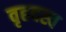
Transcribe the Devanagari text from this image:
वृहदस्व